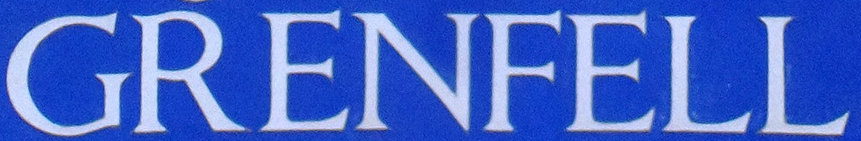
GRENFELL